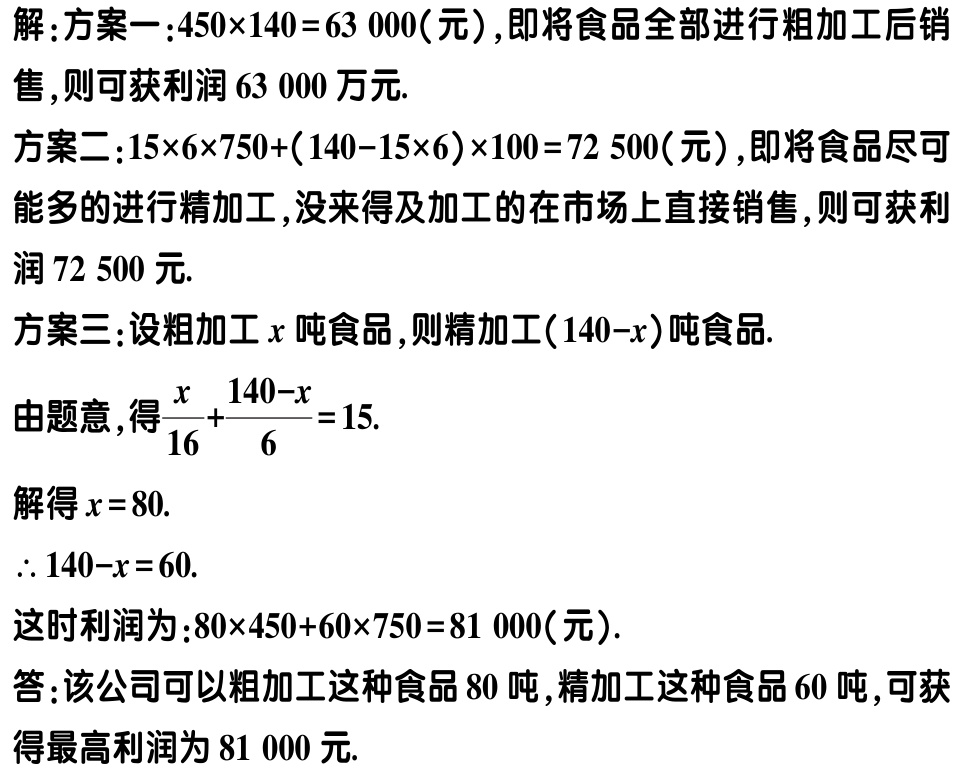
解：方案一：\(450\times140 = 63000\)（元），即将食品全部进行粗加工后销售，则可获利润\(63000\)万元.
方案二：\(15\times6\times750+(140 - 15\times6)\times100 = 72500\)（元），即将食品尽可能多的进行精加工，没来得及加工的在市场上直接销售，则可获利润\(72500\)元.
方案三：设粗加工\(x\)吨食品，则精加工\((140 - x)\)吨食品.
由题意，得\(\frac{x}{16}+\frac{140 - x}{6}=15\).
解得\(x = 80\).
\(\therefore 140 - x = 60\).
这时利润为：\(80\times450 + 60\times750 = 81000\)（元）.
答：该公司可以粗加工这种食品\(80\)吨，精加工这种食品\(60\)吨，可获得最高利润为\(81000\)元.